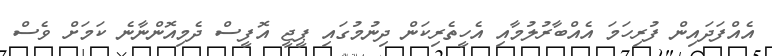
އެއްފަދައިން ފުރިހަމަ އެއްބާރުލުމާއި އެހީތެރިކަން ދިނުމުގައި ޕީޖީ އޮފީސް ދެމިއޮންނާނެ ކަމަށް ވެސް